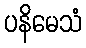
ပနိမေသံ